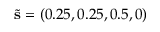
\tilde { \mathbf { s } } = ( 0 . 2 5 , 0 . 2 5 , 0 . 5 , 0 )